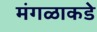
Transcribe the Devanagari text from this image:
मंगळाकडे